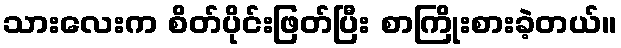
သားလေးက စိတ်ပိုင်းဖြတ်ပြီး စာကြိုးစားခဲ့တယ်။